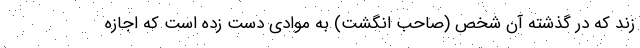
زند که در گذشته آن شخص (صاحب انگشت) به موادی دست زده است که اجازه